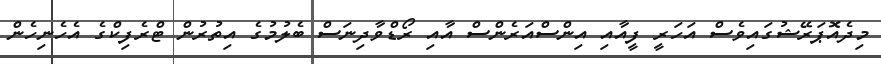
މިދެއޮޕަރޭޝުގައިވެސް އަހަރީ ފީއާއި އިންސްއަރެންސް އާއި ރޯޑްވާދިނަސް ބެލުމުގެ އިތުރުން ޓްރެފިކްގެ އެހެނިހެން